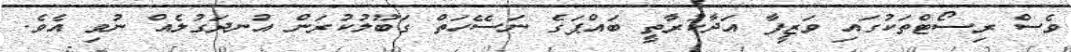
ވެސް ރިސޯޓްތަކުގައި ވަޒީފާ އަދާކުރާތީ ބައްޕަގެ ނަސޭހަތް ގަބޫލުކުރަން އުނދަގުލެއް ނުވި އެވެ.